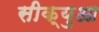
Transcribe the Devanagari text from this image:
सीक्युआ